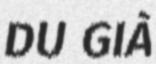
DU GIÀ